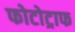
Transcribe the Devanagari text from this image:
फोटोट्राफ